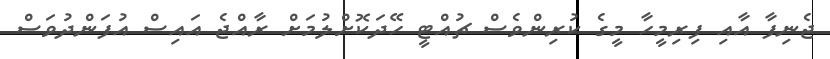
ޖެނިފާ އާއި ފިރިމީހާ މީގެ ކުރިންވެސް ޗުއްޓީ ހޭދަކޮށްލުމަށް ރާއްޖެ އައިސް އުފަންދުވަސް